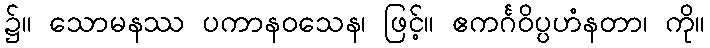
၌။ သောမနဿ ပကာနဝသေန၊ ဖြင့်။ ဧကင်္ဂဝိပ္ပဟံနတာ၊ ကို။